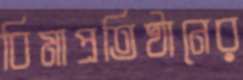
বিমাপ্রতিষ্ঠানের